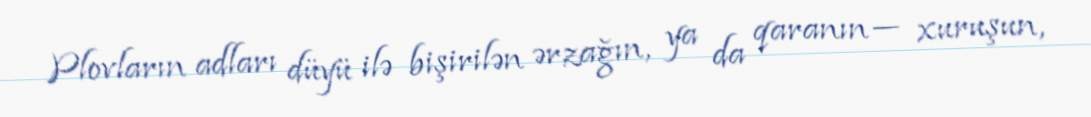
Plovların adları düyü ilə bişirilən ərzağın, ya da qaranın — xuruşun,